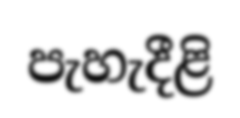
පැහැදීළි